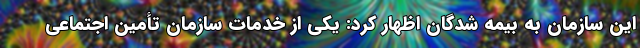
این سازمان به بیمه شدگان اظهار کرد: یکی از خدمات سازمان تأمین اجتماعی